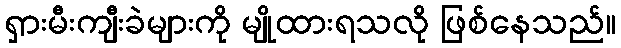
ရှားမီးကျီးခဲများကို မျိုထားရသလို ဖြစ်နေသည်။